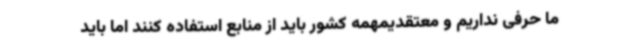
ما حرفی نداریم و معتقدیمهمه کشور باید از منابع استفاده کنند اما باید